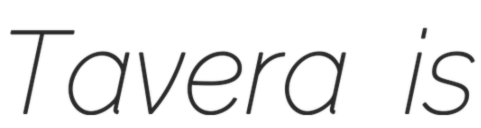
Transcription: Tavera is